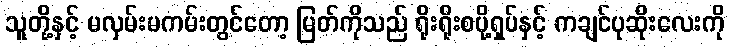
သူတို့နှင့် မလှမ်းမကမ်းတွင်တော့ မြတ်ကိုသည် ရိုးရိုးစပို့ရှပ်နှင့် ကချင်ပုဆိုးလေးကို